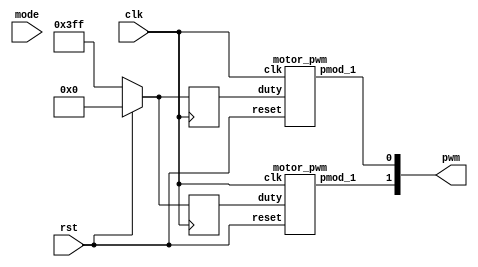
module motor(
    input clk,
    input rst,
    input [1:0]mode,
    output  [1:0]pwm
);

    reg [9:0]next_left_motor, next_right_motor;
    reg [9:0]left_motor, right_motor;
    wire left_pwm, right_pwm;

    motor_pwm m0(clk, rst, left_motor, left_pwm);
    motor_pwm m1(clk, rst, right_motor, right_pwm);
    
    always@(posedge clk)begin
        if(rst)begin
            left_motor <= 10'd0;
            right_motor <= 10'd0;
        end else begin
//            left_motor <= 10'd1023;
//            right_motor <= 10'd1023;
            left_motor <= 10'd1023;
            right_motor <= 10'd1023;
        end
    end
    
    // [TO-DO] take the right speed for different situation

    assign pwm = {left_pwm, right_pwm};
endmodule

module motor_pwm (
    input clk,
    input reset,
    input [9:0]duty,
	output pmod_1 //PWM
);
        
    PWM_gen pwm_0 ( 
        .clk(clk), 
        .reset(reset), 
        .freq(32'd25000),
        .duty(duty), 
        .PWM(pmod_1)
    );

endmodule

//generte PWM by input frequency & duty
module PWM_gen (
    input wire clk,
    input wire reset,
	input [31:0] freq,
    input [9:0] duty,
    output reg PWM
);
    wire [31:0] count_max = 32'd100_000_000 / freq;
    wire [31:0] count_duty = count_max * duty / 32'd1024;
    reg [31:0] count;
        
    always @(posedge clk, posedge reset) begin
        if (reset) begin
            count <= 32'b0;
            PWM <= 1'b0;
        end else if (count < count_max) begin
            count <= count + 32'd1;
            if(count < count_duty)
                PWM <= 1'b1;
            else
                PWM <= 1'b0;
        end else begin
            count <= 32'b0;
            PWM <= 1'b0;
        end
    end
endmodule

module sonic_top(clk, rst, Echo, Trig, stop);
	input clk, rst, Echo;
	output Trig, stop;

	wire[19:0] dis;
	wire[19:0] d;
    wire clk1M;
	wire clk_2_17;

    div clk1(clk ,clk1M);
	TrigSignal u1(.clk(clk), .rst(rst), .trig(Trig));
	PosCounter u2(.clk(clk1M), .rst(rst), .echo(Echo), .distance_count(dis));

    // [TO-DO] calculate the right distance to trig stop(triggered when the distance is lower than 40 cm)
    // Hint: using "dis"
    assign stop = (dis < 20'd4000) ? 1 : 0;
endmodule

module PosCounter(clk, rst, echo, distance_count); 
    input clk, rst, echo;
    output[19:0] distance_count;

    parameter S0 = 2'b00;
    parameter S1 = 2'b01; 
    parameter S2 = 2'b10;
    
    wire start, finish;
    reg[1:0] curr_state, next_state;
    reg echo_reg1, echo_reg2;
    reg[19:0] count, next_count, distance_register, next_distance;
    wire[19:0] distance_count; 

    always@(posedge clk) begin
        if(rst) begin
            echo_reg1 <= 1'b0;
            echo_reg2 <= 1'b0;
            count <= 20'b0;
            distance_register <= 20'b0;
            curr_state <= S0;
        end
        else begin
            echo_reg1 <= echo;   
            echo_reg2 <= echo_reg1; 
            count <= next_count;
            distance_register <= next_distance;
            curr_state <= next_state;
        end
    end

    always @(*) begin
        case(curr_state)
            S0: begin
                next_distance = distance_register;
                if (start) begin
                    next_state = S1;
                    next_count = count;
                end else begin
                    next_state = curr_state;
                    next_count = 20'b0;
                end 
            end
            S1: begin
                next_distance = distance_register;
                if (finish) begin
                    next_state = S2;
                    next_count = count;
                end else begin
                    next_state = curr_state;
                    next_count = (count > 20'd600_000) ? count : count + 1'b1;
                end 
            end
            S2: begin
                next_distance = count;
                next_count = 20'b0;
                next_state = S0;
            end
            default: begin
                next_distance = 20'b0;
                next_count = 20'b0;
                next_state = S0;
            end
        endcase
    end

    assign distance_count = distance_register * 20'd100 / 20'd58; 
    assign start = echo_reg1 & ~echo_reg2;  
    assign finish = ~echo_reg1 & echo_reg2; 
endmodule

module TrigSignal(clk, rst, trig);
    input clk, rst;
    output trig;

    reg trig, next_trig;
    reg[23:0] count, next_count;

    always @(posedge clk, posedge rst) begin
        if (rst) begin
            count <= 24'b0;
            trig <= 1'b0;
        end
        else begin
            count <= next_count;
            trig <= next_trig;
        end
    end

    always @(*) begin
        next_trig = trig;
        next_count = count + 1'b1;
        if(count == 24'd999)
            next_trig = 1'b0;
        else if(count == 24'd9999999) begin
            next_trig = 1'b1;
            next_count = 24'd0;
        end
    end
endmodule

module div(clk ,out_clk);
    input clk;
    output out_clk;
    reg out_clk;
    reg [6:0]cnt;
    
    always @(posedge clk) begin   
        if(cnt < 7'd50) begin
            cnt <= cnt + 1'b1;
            out_clk <= 1'b1;
        end 
        else if(cnt < 7'd100) begin
	        cnt <= cnt + 1'b1;
	        out_clk <= 1'b0;
        end
        else if(cnt == 7'd100) begin
            cnt <= 7'b0;
            out_clk <= 1'b1;
        end
        else begin 
            cnt <= 7'b0;
            out_clk <= 1'b1;
        end
    end
endmodule
module Top(
    input clk,
    input rst,
    input echo,
    input left_signal,
    input right_signal,
    input mid_signal,
    input [2:0] sw,
    output trig,
    output left_motor,
    output reg [1:0] left,
    output right_motor,
    output reg [1:0] right,
    output [3:0] led
);
    
    wire [1:0] state;
    wire Rst_n, rst_pb, stop;
    debounce d0(rst_pb, rst, clk);
    onepulse d1(rst_pb, clk, Rst_n);
    
    wire [1:0] pwm_signal;
    motor A(
        .clk(clk),
        .rst(Rst_n),
        .mode(state), /**/
        .pwm(pwm_signal) /**/
    );
    
//    assign left_motor = pwm_signal[1];  //Tw
//    assign right_motor = pwm_signal[0];  //Tw
    assign {left_motor, right_motor} = pwm_signal;

    sonic_top B(
        .clk(clk), 
        .rst(Rst_n), 
        .Echo(echo), 
        .Trig(trig),
        .stop(stop)
    );
    
    tracker_sensor C(
        .clk(clk), 
        .reset(Rst_n), 
        .left_signal(left_signal), 
        .right_signal(right_signal),
        .mid_signal(mid_signal), 
        .state(state) /**/
       );

    always @(*) begin
        // [TO-DO] Use left and right to set your pwm
        if (stop)
            {left, right} = 4'b1111;
        else
            case (state)
            2'b00: {left, right} = 4'b1001; // STRAIGHT
            2'b01: {left, right} = 4'b1000; // LEFT
            2'b10: {left, right} = 4'b0001; // RIGHT
            2'b11: {left, right} = 4'b0110; // BACK
            endcase
    end

assign led = {stop, left_signal, mid_signal, right_signal};

endmodule

module debounce (pb_debounced, pb, clk);
    output pb_debounced; 
    input pb;
    input clk;
    reg [4:0] DFF;
    
    always @(posedge clk) begin
        DFF[4:1] <= DFF[3:0];
        DFF[0] <= pb; 
    end
    assign pb_debounced = (&(DFF)); 
endmodule

module onepulse (PB_debounced, clk, PB_one_pulse);
    input PB_debounced;
    input clk;
    output reg PB_one_pulse;
    reg PB_debounced_delay;

    always @(posedge clk) begin
        PB_one_pulse <= PB_debounced & (! PB_debounced_delay);
        PB_debounced_delay <= PB_debounced;
    end 
endmodule

`timescale 1ns/1ps

module tracker_sensor(clk, reset, left_signal, right_signal, mid_signal, state);
    input clk;
    input reset;
    input left_signal, right_signal, mid_signal;
    output reg [1:0] state;

    // [TO-DO] Receive three signals and make your own policy.
    // Hint: You can use output state to change your action.
    
    //my work
//    reg [1:0] next_state;
//    always @(posedge clk or negedge reset) begin
//        if(reset) state <= next_state;
//        else state <= ;
//    end
    
//    always @(*) begin
//        if(left_signal) next_state = ;       //signal  SiP = 1 AoNO else F
//        else if(right_signal) next_state = ;
//        else if(mid_signal) next_state = ;
//        else next_state = ;
//    end
    
    reg [1:0] next_state;
    parameter STRAIGHT = 2'b00, LEFT = 2'b01, RIGHT = 2'b10, BACK = 2'b11;

    always @*
        case({left_signal, mid_signal, right_signal})
            3'b000: next_state = BACK;
            3'b001: next_state = RIGHT;
            3'b010: next_state = STRAIGHT;
            3'b011: next_state = RIGHT;
            3'b100: next_state = LEFT;
            3'b101: next_state = STRAIGHT;
            3'b110: next_state = LEFT;
            3'b111: next_state = STRAIGHT;
        endcase
    
   always @(posedge clk) state <= next_state;

endmodule